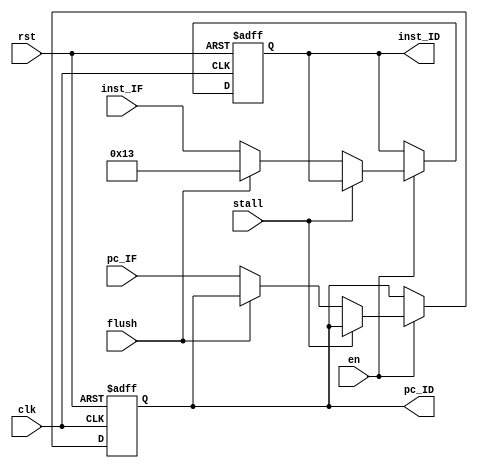
`timescale 1ns / 1ps

module RegIFID (
    input               clk,
    input               rst,
    input               en,
    input               stall,
    input               flush,
    input       [63:0]  pc_IF,
    input       [31:0]  inst_IF,
    output  reg [63:0]  pc_ID,
    output  reg [31:0]  inst_ID
);
    always @(posedge clk or posedge rst) begin
        if (rst) begin
            pc_ID <= 63'h80200000;
            inst_ID <= 32'h0;
        end else if (en) begin
            if (stall) begin
                pc_ID <= pc_ID;
                inst_ID <= inst_ID;
            end else if (flush) begin
                pc_ID <= pc_ID;
                inst_ID <= 32'h00000013;
            end else begin
                pc_ID <= pc_IF;
                inst_ID <= inst_IF;
            end
        end else begin
            pc_ID <= pc_ID;
            inst_ID <= inst_ID;
        end
    end
endmodule